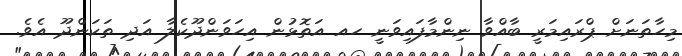
މިހާތަނަށް ޕްރައިމަރީ ބާއްވާ ނިންމާފައިވަނީ ހއ އަތޮޅުން އިހަވަންދޫކެލާ އަދި ތަކަންދޫ އެވެ.